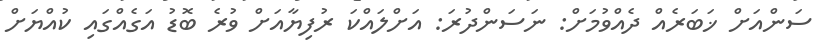
ސަންއަށް ޚަބަރެއް ދެއްވުމަށް: ނަސަންދުރަ: އަށްލައްކަ ރުފިޔާއަށް ވުރެ ބޮޑު އަގެއްގައި ކުއްޔަށް